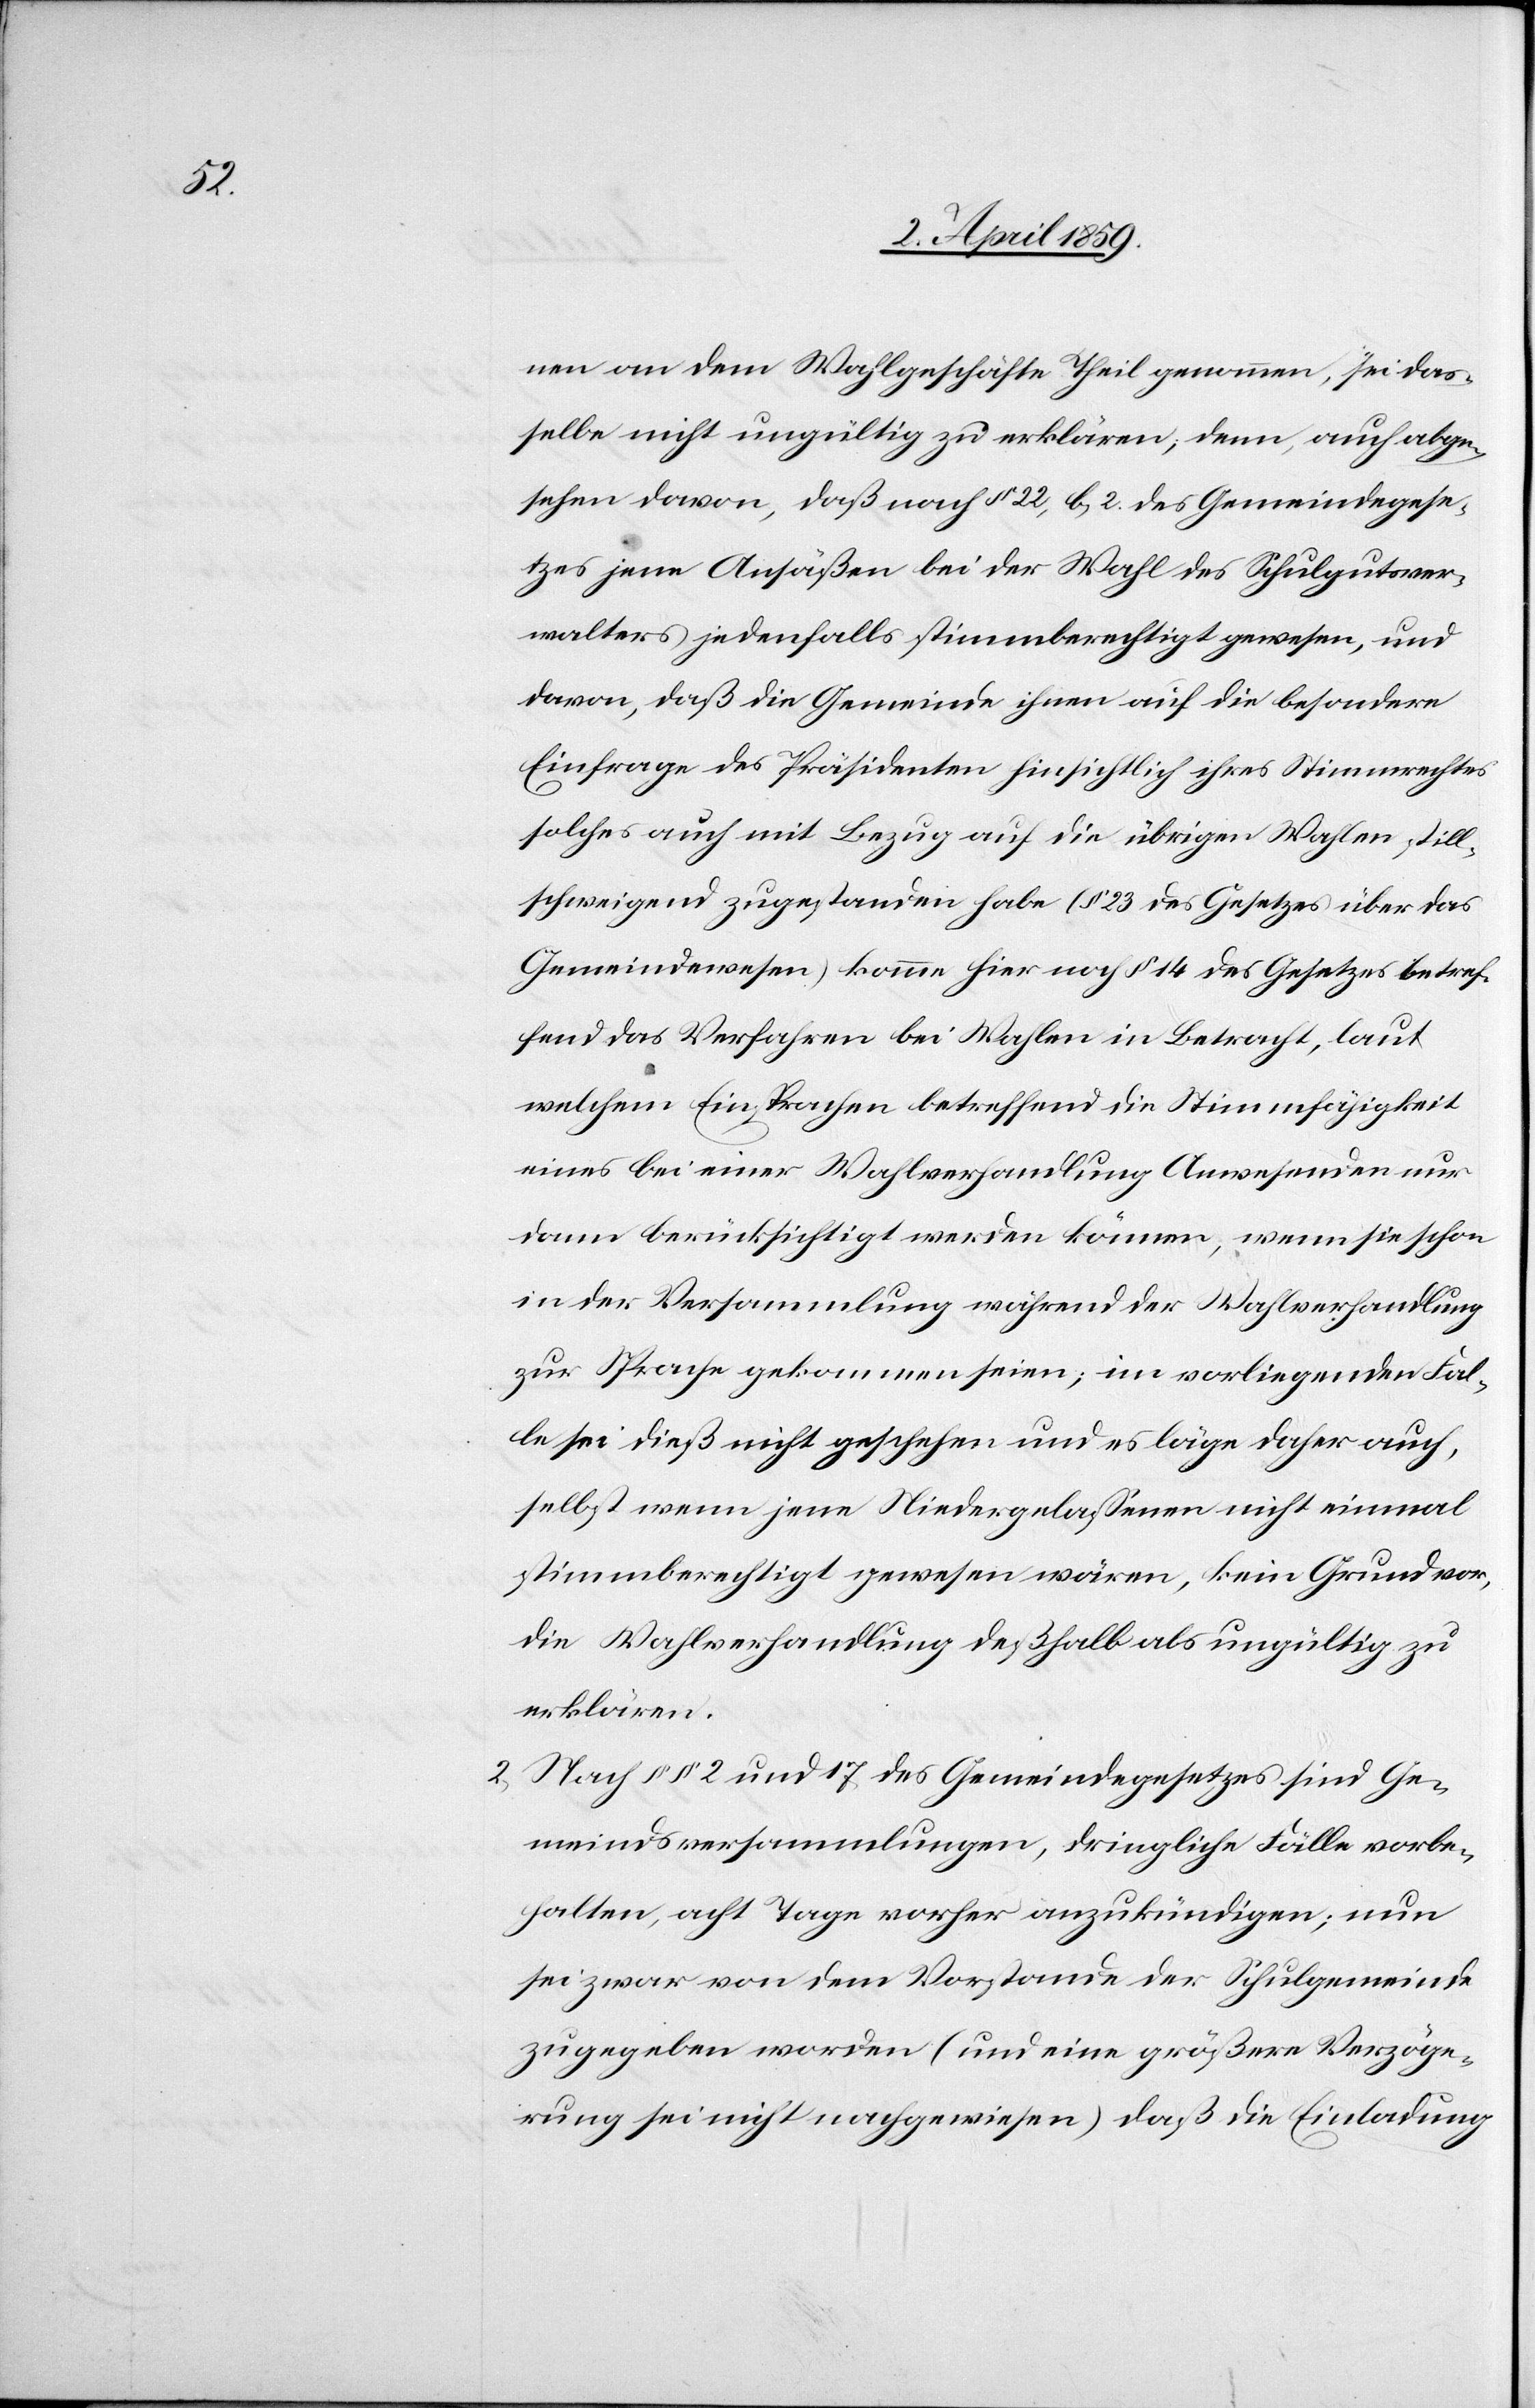
nen an dem Wahlgeschäfte Theil genommen, sei das¬
selbe nicht ungültig zu erklären, denn, auch abge¬
sehen davon, daß nach § 22, b, 2. des Gemeindegese¬
tzes jene Ansäßen bei der Wahl des Schulgutsver¬
walters jedenfalls stimmberechtigt gewesen, und
davon, daß die Gemeinde ihnen auf die besondere
Einfrage des Präsidenten hinsichtlich ihres Stimmrechtes
solches auch mit Bezug auf die übrigen Wahlen still¬
schweigend zugestanden habe (§ 23 des Gesetzes über das
Gemeindewesen) komme hier noch § 14 des Gesetzes betref¬
fend das Verfahren bei Wahlen in Betracht, laut
welchem Einsprachen betreffend die Stimmfähigkeit
eines bei einer Wahlverhandlung Anwesenden nur
dann berücksichtigt werden können, wenn sie schon
in der Versammlung während der Wahlverhandlung
zur Sprache gekommen seien; im vorliegenden Fal¬
le sei dieß nicht geschehen und es läge daher auch,
selbst wenn jene Niedergelaßenen nicht einmal
stimmberechtigt gewesen wären, kein Grund vor,
die Wahlverhandlung deßhalb als ungültig zu
erklären.
Nach § § 2 und 17 des Gemeindegesetzes sind Ge¬
meindsversammlungen, dringliche Fälle vorbe¬
halten, acht Tage vorher anzukündigen; nun
sei zwar von dem Vorstande der Schulgemeinde
zugegeben worden (und eine größere Verzöge¬
rung sei nicht nachgewiesen) daß die Einladung